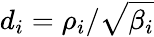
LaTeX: d_{i}=\rho_{i}/\sqrt{\beta_{i}}